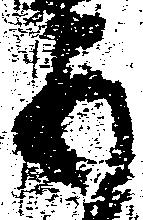
五